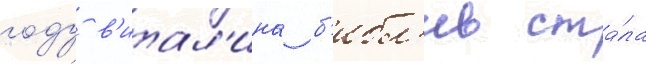
году в'итал'ина б'ибл'ив ста́ла